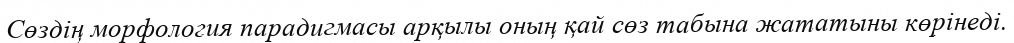
Сөздің морфология парадигмасы арқылы оның қай сөз табына жататыны көрінеді.